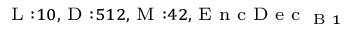
_ { \textrm { L } : 1 0 , \textrm { D } : 5 1 2 , \textrm { M } : 4 2 , \textrm { E n c D e c } _ { \textrm { B } 1 } }